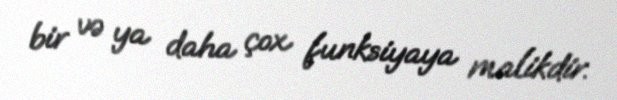
bir və ya daha çox funksiyaya malikdir.